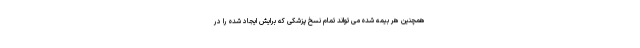
همچنین هر بیمه شده می تواند تمام نسخ پزشکی که برایش ایجاد شده را در